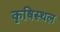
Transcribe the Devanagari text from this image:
कृषिस्थल